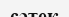
сәтек